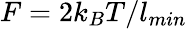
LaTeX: F=2k_{B}T/l_{min}